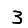
Digit: 3